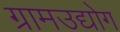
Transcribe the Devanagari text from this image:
ग्रामउद्योग